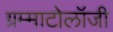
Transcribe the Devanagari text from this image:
ग्रम्माटोलॉजी